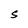
Character: S